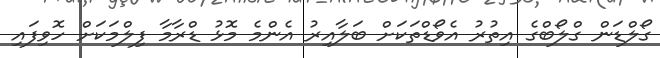
ގޯލްޑަން ގްލޯބްގެ އިތުރު އެވޯޑްތަކަށް ބަލާއިރު އެންމެ މޮޅު ޑްރާމާ ފިލްމަކަށް ހޮވިފައި